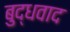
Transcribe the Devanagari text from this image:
बुद्धवाद